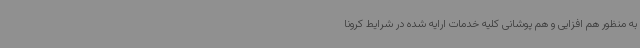
به منظور هم افزایی و هم پوشانی کلیه خدمات ارایه شده در شرایط کرونا